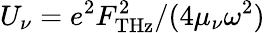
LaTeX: U_{\nu}=e^{2}F_{\mathrm{THz}}^{2}/(4\mu_{\nu}\omega^{2})